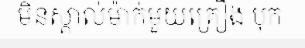
មិនស្គាល់ម៉ាក់មួយគ្រឿង បុក